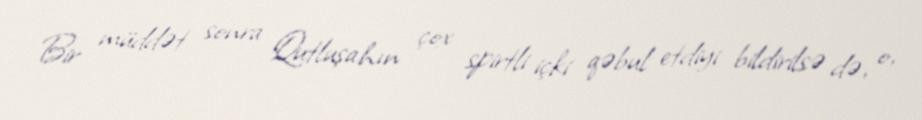
Bir müddət sonra Qutluşahın çox spirtli içki qəbul etdiyi bildirilsə də, o,